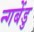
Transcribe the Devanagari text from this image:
न्गबेंडु